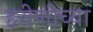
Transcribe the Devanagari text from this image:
हरीणीच्या